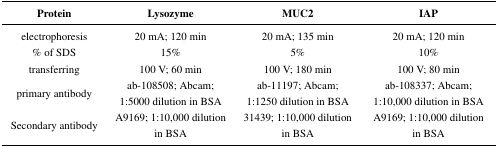
<table><thead><tr><td><b>Protein</b></td><td><b>Lysozyme</b></td><td><b>MUC2</b></td><td><b>IAP</b></td></tr></thead><tbody><tr><td>electrophoresis</td><td>20 mA; 120 min</td><td>20 mA; 135 min</td><td>20 mA; 120 min</td></tr><tr><td>% of SDS</td><td>15%</td><td>5%</td><td>10%</td></tr><tr><td>transferring</td><td>100 V; 60 min</td><td>100 V; 180 min</td><td>100 V; 80 min</td></tr><tr><td>primary antibody</td><td>ab-108508; Abcam; 1:5000 dilution in BSA</td><td>ab-11197; Abcam; 1:1250 dilution in BSA</td><td>ab-108337; Abcam; 1:10,000 dilution in BSA</td></tr><tr><td>Secondary antibody</td><td>A9169; 1:10,000 dilution in BSA</td><td>31439; 1:10,000 dilution in BSA</td><td>A9169; 1:10,000 dilution in BSA</td></tr></tbody></table>